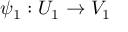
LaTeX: \psi _ { 1 } : U _ { 1 } \to V _ { 1 }